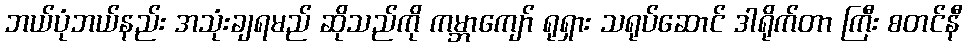
ဘယ်ပုံဘယ်နည်း အသုံးချရမည် ဆိုသည်ကို ကမ္ဘာကျော် ရုရှား သရုပ်ဆောင် ဒါရိုက်တာ ကြီး စတင်နီ